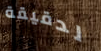
لدقيقة